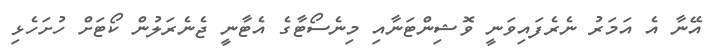
އޭނާ އެ އަމަރު ނެރެފައިވަނީ ވޮޝިންޓަނާއި މިނެސޯޓާގެ އެޓާނީ ޖެނެރަލުން ކޯޓަށް ހުށަހެޅި